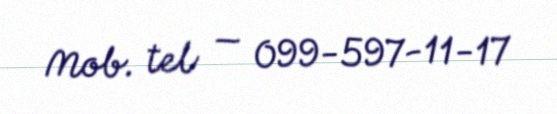
Mob. tel — 099-597-11-17